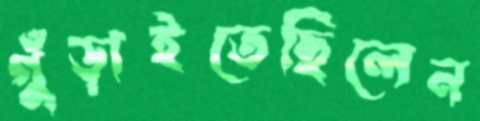
গুঁড়াইতেছিলেন